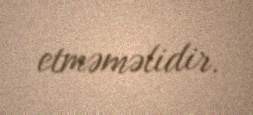
etməməlidir.